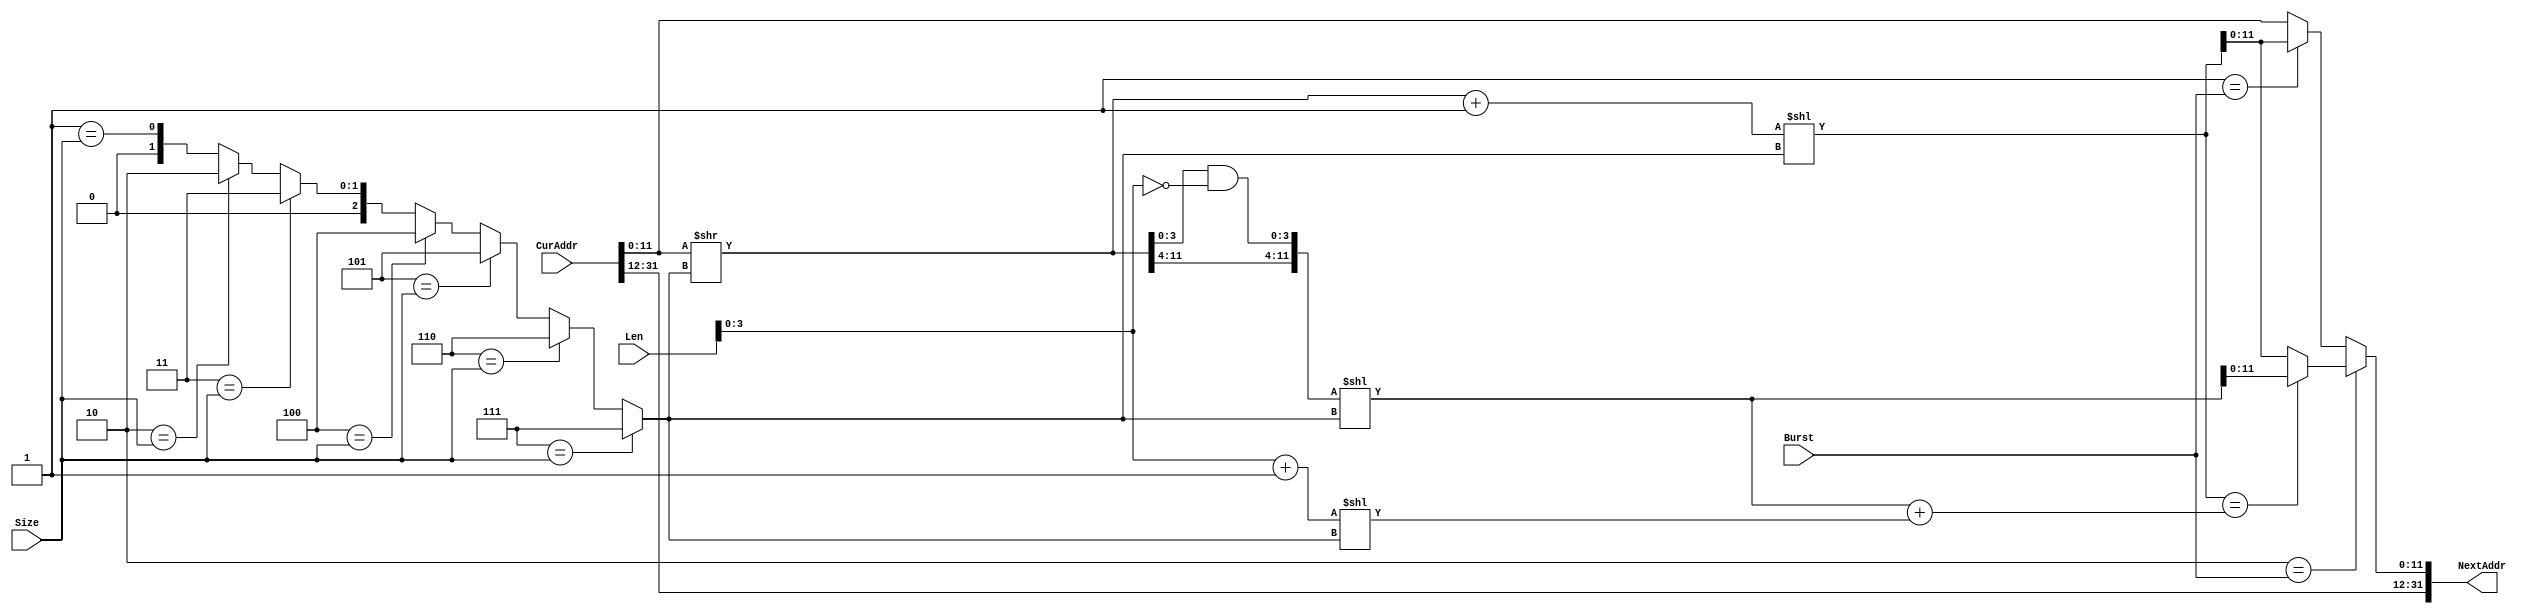
module SramAddrGen(
  input  [31:0] CurAddr,
  input  [7:0]  Len,
  input  [2:0]  Size,
  input  [1:0]  Burst,
  output [31:0] NextAddr
);
  wire [11:0] iCurAddr = CurAddr[11:0]; // @[SramAddrGen.scala 27:30]
  wire [1:0] _iSize_T_3 = 3'h2 == Size ? 2'h2 : {{1'd0}, 3'h1 == Size}; // @[Mux.scala 81:58]
  wire [1:0] _iSize_T_5 = 3'h3 == Size ? 2'h3 : _iSize_T_3; // @[Mux.scala 81:58]
  wire [2:0] _iSize_T_7 = 3'h4 == Size ? 3'h4 : {{1'd0}, _iSize_T_5}; // @[Mux.scala 81:58]
  wire [2:0] _iSize_T_9 = 3'h5 == Size ? 3'h5 : _iSize_T_7; // @[Mux.scala 81:58]
  wire [2:0] _iSize_T_11 = 3'h6 == Size ? 3'h6 : _iSize_T_9; // @[Mux.scala 81:58]
  wire [2:0] iSize = 3'h7 == Size ? 3'h7 : _iSize_T_11; // @[Mux.scala 81:58]
  wire [11:0] wordAddress = iCurAddr >> iSize; // @[SramAddrGen.scala 34:32]
  wire [11:0] _incrNextAddr_T_1 = wordAddress + 12'h1; // @[SramAddrGen.scala 37:37]
  wire [18:0] _GEN_1 = {{7'd0}, _incrNextAddr_T_1}; // @[SramAddrGen.scala 37:44]
  wire [18:0] incrNextAddr = _GEN_1 << iSize; // @[SramAddrGen.scala 37:44]
  wire [3:0] _wrapBound_T_3 = ~Len[3:0]; // @[SramAddrGen.scala 40:68]
  wire [3:0] _wrapBound_T_4 = wordAddress[3:0] & _wrapBound_T_3; // @[SramAddrGen.scala 40:66]
  wire [11:0] _wrapBound_T_5 = {wordAddress[11:4],_wrapBound_T_4}; // @[Cat.scala 31:58]
  wire [18:0] _GEN_2 = {{7'd0}, _wrapBound_T_5}; // @[SramAddrGen.scala 40:80]
  wire [18:0] wrapBound = _GEN_2 << iSize; // @[SramAddrGen.scala 40:80]
  wire [4:0] _totSize_T_1 = Len[3:0] + 4'h1; // @[SramAddrGen.scala 41:33]
  wire [11:0] _GEN_3 = {{7'd0}, _totSize_T_1}; // @[SramAddrGen.scala 41:41]
  wire [11:0] totSize = _GEN_3 << iSize; // @[SramAddrGen.scala 41:41]
  wire [18:0] _GEN_0 = {{7'd0}, totSize}; // @[SramAddrGen.scala 42:55]
  wire [18:0] _wrapNextAddr_T_1 = wrapBound + _GEN_0; // @[SramAddrGen.scala 42:55]
  wire [18:0] wrapNextAddr = incrNextAddr == _wrapNextAddr_T_1 ? wrapBound : incrNextAddr; // @[SramAddrGen.scala 42:27]
  wire [31:0] _iNextAddr_T_3 = 2'h1 == Burst ? {{13'd0}, incrNextAddr} : CurAddr; // @[Mux.scala 81:58]
  wire [31:0] _iNextAddr_T_5 = 2'h2 == Burst ? {{13'd0}, wrapNextAddr} : _iNextAddr_T_3; // @[Mux.scala 81:58]
  wire [11:0] iNextAddr = _iNextAddr_T_5[11:0]; // @[SramAddrGen.scala 28:27 44:15]
  assign NextAddr = {CurAddr[31:12],iNextAddr}; // @[Cat.scala 31:58]
endmodule
module WriteEngine(
  input         ACLK,
  input         ARESETn,
  output        S_AXI_AW_ready,
  input         S_AXI_AW_valid,
  input  [3:0]  S_AXI_AW_bits_ID,
  input  [31:0] S_AXI_AW_bits_ADDR,
  input  [7:0]  S_AXI_AW_bits_LEN,
  input  [2:0]  S_AXI_AW_bits_SIZE,
  input  [1:0]  S_AXI_AW_bits_BURST,
  output        S_AXI_W_ready,
  input         S_AXI_W_valid,
  input  [63:0] S_AXI_W_bits_DATA,
  input  [7:0]  S_AXI_W_bits_STRB,
  input         S_AXI_W_bits_LAST,
  input         S_AXI_B_ready,
  output        S_AXI_B_valid,
  output [3:0]  S_AXI_B_bits_ID,
  input         Ready,
  output        Valid,
  output [31:0] Addr,
  output [63:0] Data,
  output [7:0]  Strb
);
`ifdef RANDOMIZE_REG_INIT
  reg [31:0] _RAND_0;
  reg [31:0] _RAND_1;
  reg [31:0] _RAND_2;
  reg [31:0] _RAND_3;
  reg [31:0] _RAND_4;
  reg [31:0] _RAND_5;
  reg [31:0] _RAND_6;
`endif // RANDOMIZE_REG_INIT
  wire [31:0] NextAddr_m_CurAddr; // @[SramAddrGen.scala 51:23]
  wire [7:0] NextAddr_m_Len; // @[SramAddrGen.scala 51:23]
  wire [2:0] NextAddr_m_Size; // @[SramAddrGen.scala 51:23]
  wire [1:0] NextAddr_m_Burst; // @[SramAddrGen.scala 51:23]
  wire [31:0] NextAddr_m_NextAddr; // @[SramAddrGen.scala 51:23]
  wire  reset = ~ARESETn; // @[WriteEngine.scala 38:33]
  reg [31:0] iAddr; // @[WriteEngine.scala 46:34]
  reg  iAddrValid; // @[WriteEngine.scala 48:34]
  reg [7:0] iLen; // @[WriteEngine.scala 51:34]
  reg [2:0] iSize; // @[WriteEngine.scala 52:34]
  reg [1:0] iBurst; // @[WriteEngine.scala 53:34]
  reg [3:0] iBID; // @[WriteEngine.scala 54:34]
  reg  iBValid; // @[WriteEngine.scala 55:34]
  wire  iAwReady = ~iAddrValid; // @[WriteEngine.scala 77:28]
  wire  _iAddrValidNext_T = iAwReady & S_AXI_AW_valid; // @[WriteEngine.scala 64:46]
  wire  _iAddrValidNext_T_1 = iBValid & S_AXI_B_ready; // @[WriteEngine.scala 66:49]
  wire  _iAddrValidNext_T_2 = iBValid & S_AXI_B_ready ? 1'h0 : iAddrValid; // @[WriteEngine.scala 66:40]
  wire  iValid = iAddrValid & S_AXI_W_valid; // @[WriteEngine.scala 157:31]
  wire  _iBValidNext_T_3 = _iAddrValidNext_T_1 ? 1'h0 : iBValid; // @[WriteEngine.scala 113:36]
  wire [31:0] NextAddr = NextAddr_m_NextAddr; // @[WriteEngine.scala 164:25 47:31]
  SramAddrGen NextAddr_m ( // @[SramAddrGen.scala 51:23]
    .CurAddr(NextAddr_m_CurAddr),
    .Len(NextAddr_m_Len),
    .Size(NextAddr_m_Size),
    .Burst(NextAddr_m_Burst),
    .NextAddr(NextAddr_m_NextAddr)
  );
  assign S_AXI_AW_ready = ~iAddrValid; // @[WriteEngine.scala 77:28]
  assign S_AXI_W_ready = iAddrValid & Ready; // @[WriteEngine.scala 84:39]
  assign S_AXI_B_valid = iBValid; // @[WriteEngine.scala 120:25]
  assign S_AXI_B_bits_ID = iBID; // @[WriteEngine.scala 99:29]
  assign Valid = iAddrValid & S_AXI_W_valid; // @[WriteEngine.scala 157:31]
  assign Addr = iAddr; // @[WriteEngine.scala 173:17]
  assign Data = S_AXI_W_bits_DATA; // @[WriteEngine.scala 185:17]
  assign Strb = S_AXI_W_bits_STRB; // @[WriteEngine.scala 179:17]
  assign NextAddr_m_CurAddr = iAddr; // @[SramAddrGen.scala 52:21]
  assign NextAddr_m_Len = iLen; // @[SramAddrGen.scala 53:21]
  assign NextAddr_m_Size = iSize; // @[SramAddrGen.scala 54:21]
  assign NextAddr_m_Burst = iBurst; // @[SramAddrGen.scala 55:21]
  always @(posedge ACLK or posedge reset) begin
    if (reset) begin // @[WriteEngine.scala 165:32]
      iAddr <= 32'h0;
    end else if (_iAddrValidNext_T) begin // @[WriteEngine.scala 167:36]
      iAddr <= S_AXI_AW_bits_ADDR;
    end else if (iValid & Ready) begin
      iAddr <= NextAddr;
    end
  end
  always @(posedge ACLK or posedge reset) begin
    if (reset) begin // @[WriteEngine.scala 64:36]
      iAddrValid <= 1'h0;
    end else begin
      iAddrValid <= iAwReady & S_AXI_AW_valid | _iAddrValidNext_T_2;
    end
  end
  always @(posedge ACLK or posedge reset) begin
    if (reset) begin // @[WriteEngine.scala 126:28]
      iLen <= 8'h0;
    end else if (_iAddrValidNext_T) begin // @[WriteEngine.scala 128:32]
      iLen <= S_AXI_AW_bits_LEN;
    end else if (_iAddrValidNext_T_1) begin
      iLen <= 8'h0;
    end
  end
  always @(posedge ACLK or posedge reset) begin
    if (reset) begin // @[WriteEngine.scala 135:28]
      iSize <= 3'h0;
    end else if (_iAddrValidNext_T) begin // @[WriteEngine.scala 137:32]
      iSize <= S_AXI_AW_bits_SIZE;
    end else if (_iAddrValidNext_T_1) begin
      iSize <= 3'h0;
    end
  end
  always @(posedge ACLK or posedge reset) begin
    if (reset) begin // @[WriteEngine.scala 144:29]
      iBurst <= 2'h0;
    end else if (_iAddrValidNext_T) begin // @[WriteEngine.scala 146:32]
      iBurst <= S_AXI_AW_bits_BURST;
    end else if (_iAddrValidNext_T_1) begin
      iBurst <= 2'h0;
    end
  end
  always @(posedge ACLK or posedge reset) begin
    if (reset) begin // @[WriteEngine.scala 90:28]
      iBID <= 4'h0;
    end else if (_iAddrValidNext_T) begin // @[WriteEngine.scala 92:32]
      iBID <= S_AXI_AW_bits_ID;
    end else if (_iAddrValidNext_T_1) begin
      iBID <= 4'h0;
    end
  end
  always @(posedge ACLK or posedge reset) begin
    if (reset) begin // @[WriteEngine.scala 111:32]
      iBValid <= 1'h0;
    end else begin
      iBValid <= iValid & S_AXI_W_bits_LAST & Ready | _iBValidNext_T_3;
    end
  end
// Register and memory initialization
`ifdef RANDOMIZE_GARBAGE_ASSIGN
`define RANDOMIZE
`endif
`ifdef RANDOMIZE_INVALID_ASSIGN
`define RANDOMIZE
`endif
`ifdef RANDOMIZE_REG_INIT
`define RANDOMIZE
`endif
`ifdef RANDOMIZE_MEM_INIT
`define RANDOMIZE
`endif
`ifndef RANDOM
`define RANDOM $random
`endif
`ifdef RANDOMIZE_MEM_INIT
  integer initvar;
`endif
`ifndef SYNTHESIS
`ifdef FIRRTL_BEFORE_INITIAL
`FIRRTL_BEFORE_INITIAL
`endif
initial begin
  `ifdef RANDOMIZE
    `ifdef INIT_RANDOM
      `INIT_RANDOM
    `endif
    `ifndef VERILATOR
      `ifdef RANDOMIZE_DELAY
        #`RANDOMIZE_DELAY begin end
      `else
        #0.002 begin end
      `endif
    `endif
`ifdef RANDOMIZE_REG_INIT
  _RAND_0 = {1{`RANDOM}};
  iAddr = _RAND_0[31:0];
  _RAND_1 = {1{`RANDOM}};
  iAddrValid = _RAND_1[0:0];
  _RAND_2 = {1{`RANDOM}};
  iLen = _RAND_2[7:0];
  _RAND_3 = {1{`RANDOM}};
  iSize = _RAND_3[2:0];
  _RAND_4 = {1{`RANDOM}};
  iBurst = _RAND_4[1:0];
  _RAND_5 = {1{`RANDOM}};
  iBID = _RAND_5[3:0];
  _RAND_6 = {1{`RANDOM}};
  iBValid = _RAND_6[0:0];
`endif // RANDOMIZE_REG_INIT
  if (reset) begin
    iAddr = 32'h0;
  end
  if (reset) begin
    iAddrValid = 1'h0;
  end
  if (reset) begin
    iLen = 8'h0;
  end
  if (reset) begin
    iSize = 3'h0;
  end
  if (reset) begin
    iBurst = 2'h0;
  end
  if (reset) begin
    iBID = 4'h0;
  end
  if (reset) begin
    iBValid = 1'h0;
  end
  `endif // RANDOMIZE
end // initial
`ifdef FIRRTL_AFTER_INITIAL
`FIRRTL_AFTER_INITIAL
`endif
`endif // SYNTHESIS
endmodule
module ReadEngine(
  input         ACLK,
  input         ARESETn,
  output        S_AXI_AR_ready,
  input         S_AXI_AR_valid,
  input  [3:0]  S_AXI_AR_bits_ID,
  input  [31:0] S_AXI_AR_bits_ADDR,
  input  [7:0]  S_AXI_AR_bits_LEN,
  input  [2:0]  S_AXI_AR_bits_SIZE,
  input  [1:0]  S_AXI_AR_bits_BURST,
  input         S_AXI_R_ready,
  output        S_AXI_R_valid,
  output [3:0]  S_AXI_R_bits_ID,
  output [63:0] S_AXI_R_bits_DATA,
  output        S_AXI_R_bits_LAST,
  input         Ready,
  output        Valid,
  output [31:0] Addr,
  input  [63:0] Data
);
`ifdef RANDOMIZE_REG_INIT
  reg [31:0] _RAND_0;
  reg [31:0] _RAND_1;
  reg [31:0] _RAND_2;
  reg [31:0] _RAND_3;
  reg [31:0] _RAND_4;
  reg [31:0] _RAND_5;
  reg [31:0] _RAND_6;
  reg [31:0] _RAND_7;
  reg [31:0] _RAND_8;
  reg [31:0] _RAND_9;
`endif // RANDOMIZE_REG_INIT
  wire [31:0] NextAddr_m_CurAddr; // @[SramAddrGen.scala 51:23]
  wire [7:0] NextAddr_m_Len; // @[SramAddrGen.scala 51:23]
  wire [2:0] NextAddr_m_Size; // @[SramAddrGen.scala 51:23]
  wire [1:0] NextAddr_m_Burst; // @[SramAddrGen.scala 51:23]
  wire [31:0] NextAddr_m_NextAddr; // @[SramAddrGen.scala 51:23]
  wire  reset = ~ARESETn; // @[ReadEngine.scala 37:33]
  reg [31:0] iAddr; // @[ReadEngine.scala 45:34]
  reg  iAddrValid; // @[ReadEngine.scala 46:34]
  reg [7:0] iLen; // @[ReadEngine.scala 50:34]
  reg [2:0] iSize; // @[ReadEngine.scala 51:34]
  reg [1:0] iBurst; // @[ReadEngine.scala 52:34]
  reg [3:0] iRID; // @[ReadEngine.scala 53:34]
  reg  iRLast; // @[ReadEngine.scala 54:34]
  reg  iRValid; // @[ReadEngine.scala 55:34]
  reg  iValid; // @[ReadEngine.scala 57:34]
  reg [7:0] iCounter; // @[ReadEngine.scala 59:34]
  wire  iARReady = ~iAddrValid; // @[ReadEngine.scala 79:32]
  wire  _iAddrValidNext_T = iARReady & S_AXI_AR_valid; // @[ReadEngine.scala 65:46]
  wire  _iAddrValidNext_T_2 = iRValid & iRLast & S_AXI_R_ready; // @[ReadEngine.scala 67:58]
  wire  _iAddrValidNext_T_3 = iRValid & iRLast & S_AXI_R_ready ? 1'h0 : iAddrValid; // @[ReadEngine.scala 67:40]
  wire  _iRValidNext_T = iValid & Ready; // @[ReadEngine.scala 101:40]
  wire  _iRValidNext_T_3 = iRValid & S_AXI_R_ready; // @[ReadEngine.scala 105:49]
  wire  _iRValidNext_T_4 = iRValid & S_AXI_R_ready ? 1'h0 : iRValid; // @[ReadEngine.scala 105:40]
  wire  _iRValidNext_T_5 = iRValid & ~S_AXI_R_ready | _iRValidNext_T_4; // @[ReadEngine.scala 103:36]
  wire  iLast = iCounter == 8'h0; // @[ReadEngine.scala 214:33]
  wire  _iRLastNext_T_3 = _iRValidNext_T_3 ? 1'h0 : iRLast; // @[ReadEngine.scala 133:36]
  wire  _iValidNext_T_2 = iLast & Ready ? 1'h0 : iValid; // @[ReadEngine.scala 178:36]
  wire [31:0] NextAddr = NextAddr_m_NextAddr; // @[ReadEngine.scala 190:21 47:31]
  wire [7:0] _iCounterNext_T_3 = iCounter - 8'h1; // @[ReadEngine.scala 209:46]
  SramAddrGen NextAddr_m ( // @[SramAddrGen.scala 51:23]
    .CurAddr(NextAddr_m_CurAddr),
    .Len(NextAddr_m_Len),
    .Size(NextAddr_m_Size),
    .Burst(NextAddr_m_Burst),
    .NextAddr(NextAddr_m_NextAddr)
  );
  assign S_AXI_AR_ready = ~iAddrValid; // @[ReadEngine.scala 79:32]
  assign S_AXI_R_valid = iRValid; // @[ReadEngine.scala 113:25]
  assign S_AXI_R_bits_ID = iRID; // @[ReadEngine.scala 95:29]
  assign S_AXI_R_bits_DATA = Data; // @[ReadEngine.scala 119:29]
  assign S_AXI_R_bits_LAST = iRLast; // @[ReadEngine.scala 139:29]
  assign Valid = iValid; // @[ReadEngine.scala 184:17]
  assign Addr = iAddr; // @[ReadEngine.scala 200:17]
  assign NextAddr_m_CurAddr = iAddr; // @[SramAddrGen.scala 52:21]
  assign NextAddr_m_Len = iLen; // @[SramAddrGen.scala 53:21]
  assign NextAddr_m_Size = iSize; // @[SramAddrGen.scala 54:21]
  assign NextAddr_m_Burst = iBurst; // @[SramAddrGen.scala 55:21]
  always @(posedge ACLK or posedge reset) begin
    if (reset) begin // @[ReadEngine.scala 192:28]
      iAddr <= 32'h0;
    end else if (_iAddrValidNext_T) begin // @[ReadEngine.scala 194:32]
      iAddr <= S_AXI_AR_bits_ADDR;
    end else if (Ready) begin
      iAddr <= NextAddr;
    end
  end
  always @(posedge ACLK or posedge reset) begin
    if (reset) begin // @[ReadEngine.scala 65:36]
      iAddrValid <= 1'h0;
    end else begin
      iAddrValid <= iARReady & S_AXI_AR_valid | _iAddrValidNext_T_3;
    end
  end
  always @(posedge ACLK or posedge reset) begin
    if (reset) begin // @[ReadEngine.scala 145:28]
      iLen <= 8'h0;
    end else if (_iAddrValidNext_T) begin // @[ReadEngine.scala 147:32]
      iLen <= S_AXI_AR_bits_LEN;
    end else if (_iAddrValidNext_T_2) begin
      iLen <= 8'h0;
    end
  end
  always @(posedge ACLK or posedge reset) begin
    if (reset) begin // @[ReadEngine.scala 154:29]
      iSize <= 3'h0;
    end else if (_iAddrValidNext_T) begin // @[ReadEngine.scala 156:32]
      iSize <= S_AXI_AR_bits_SIZE;
    end else if (_iAddrValidNext_T_2) begin
      iSize <= 3'h0;
    end
  end
  always @(posedge ACLK or posedge reset) begin
    if (reset) begin // @[ReadEngine.scala 163:30]
      iBurst <= 2'h0;
    end else if (_iAddrValidNext_T) begin // @[ReadEngine.scala 165:32]
      iBurst <= S_AXI_AR_bits_BURST;
    end else if (_iAddrValidNext_T_2) begin
      iBurst <= 2'h0;
    end
  end
  always @(posedge ACLK or posedge reset) begin
    if (reset) begin // @[ReadEngine.scala 86:28]
      iRID <= 4'h0;
    end else if (_iAddrValidNext_T) begin // @[ReadEngine.scala 88:32]
      iRID <= S_AXI_AR_bits_ID;
    end else if (_iAddrValidNext_T_2) begin
      iRID <= 4'h0;
    end
  end
  always @(posedge ACLK or posedge reset) begin
    if (reset) begin // @[ReadEngine.scala 131:32]
      iRLast <= 1'h0;
    end else begin
      iRLast <= iValid & iLast & Ready | _iRLastNext_T_3;
    end
  end
  always @(posedge ACLK or posedge reset) begin
    if (reset) begin // @[ReadEngine.scala 101:32]
      iRValid <= 1'h0;
    end else begin
      iRValid <= iValid & Ready | _iRValidNext_T_5;
    end
  end
  always @(posedge ACLK or posedge reset) begin
    if (reset) begin // @[ReadEngine.scala 176:32]
      iValid <= 1'h0;
    end else begin
      iValid <= _iAddrValidNext_T | _iValidNext_T_2;
    end
  end
  always @(posedge ACLK or posedge reset) begin
    if (reset) begin // @[ReadEngine.scala 206:32]
      iCounter <= 8'h0;
    end else if (_iAddrValidNext_T) begin // @[ReadEngine.scala 208:36]
      iCounter <= S_AXI_AR_bits_LEN;
    end else if (_iRValidNext_T) begin
      iCounter <= _iCounterNext_T_3;
    end
  end
// Register and memory initialization
`ifdef RANDOMIZE_GARBAGE_ASSIGN
`define RANDOMIZE
`endif
`ifdef RANDOMIZE_INVALID_ASSIGN
`define RANDOMIZE
`endif
`ifdef RANDOMIZE_REG_INIT
`define RANDOMIZE
`endif
`ifdef RANDOMIZE_MEM_INIT
`define RANDOMIZE
`endif
`ifndef RANDOM
`define RANDOM $random
`endif
`ifdef RANDOMIZE_MEM_INIT
  integer initvar;
`endif
`ifndef SYNTHESIS
`ifdef FIRRTL_BEFORE_INITIAL
`FIRRTL_BEFORE_INITIAL
`endif
initial begin
  `ifdef RANDOMIZE
    `ifdef INIT_RANDOM
      `INIT_RANDOM
    `endif
    `ifndef VERILATOR
      `ifdef RANDOMIZE_DELAY
        #`RANDOMIZE_DELAY begin end
      `else
        #0.002 begin end
      `endif
    `endif
`ifdef RANDOMIZE_REG_INIT
  _RAND_0 = {1{`RANDOM}};
  iAddr = _RAND_0[31:0];
  _RAND_1 = {1{`RANDOM}};
  iAddrValid = _RAND_1[0:0];
  _RAND_2 = {1{`RANDOM}};
  iLen = _RAND_2[7:0];
  _RAND_3 = {1{`RANDOM}};
  iSize = _RAND_3[2:0];
  _RAND_4 = {1{`RANDOM}};
  iBurst = _RAND_4[1:0];
  _RAND_5 = {1{`RANDOM}};
  iRID = _RAND_5[3:0];
  _RAND_6 = {1{`RANDOM}};
  iRLast = _RAND_6[0:0];
  _RAND_7 = {1{`RANDOM}};
  iRValid = _RAND_7[0:0];
  _RAND_8 = {1{`RANDOM}};
  iValid = _RAND_8[0:0];
  _RAND_9 = {1{`RANDOM}};
  iCounter = _RAND_9[7:0];
`endif // RANDOMIZE_REG_INIT
  if (reset) begin
    iAddr = 32'h0;
  end
  if (reset) begin
    iAddrValid = 1'h0;
  end
  if (reset) begin
    iLen = 8'h0;
  end
  if (reset) begin
    iSize = 3'h0;
  end
  if (reset) begin
    iBurst = 2'h0;
  end
  if (reset) begin
    iRID = 4'h0;
  end
  if (reset) begin
    iRLast = 1'h0;
  end
  if (reset) begin
    iRValid = 1'h0;
  end
  if (reset) begin
    iValid = 1'h0;
  end
  if (reset) begin
    iCounter = 8'h0;
  end
  `endif // RANDOMIZE
end // initial
`ifdef FIRRTL_AFTER_INITIAL
`FIRRTL_AFTER_INITIAL
`endif
`endif // SYNTHESIS
endmodule
module SramArbiter(
  input   ACLK,
  input   ARESETn,
  input   WrValid,
  output  WrReady,
  input   RdValid,
  output  RdReady
);
`ifdef RANDOMIZE_REG_INIT
  reg [31:0] _RAND_0;
`endif // RANDOMIZE_REG_INIT
  wire  reset = ~ARESETn; // @[SramArbiter.scala 26:34]
  reg  choice; // @[SramArbiter.scala 35:34]
  wire [1:0] _T = {WrValid,RdValid}; // @[Cat.scala 31:58]
  wire  _choiceNext_T = ~choice; // @[SramArbiter.scala 60:32]
  wire  _GEN_1 = 2'h2 == _T | _choiceNext_T; // @[SramArbiter.scala 49:40 57:29]
  assign WrReady = choice; // @[SramArbiter.scala 67:21]
  assign RdReady = ~choice; // @[SramArbiter.scala 68:24]
  always @(posedge ACLK or posedge reset) begin
    if (reset) begin // @[SramArbiter.scala 49:40]
      choice <= 1'h0; // @[SramArbiter.scala 51:29]
    end else if (!(2'h0 == _T)) begin // @[SramArbiter.scala 49:40]
      if (2'h1 == _T) begin
        choice <= 1'h0;
      end else begin
        choice <= _GEN_1;
      end
    end
  end
// Register and memory initialization
`ifdef RANDOMIZE_GARBAGE_ASSIGN
`define RANDOMIZE
`endif
`ifdef RANDOMIZE_INVALID_ASSIGN
`define RANDOMIZE
`endif
`ifdef RANDOMIZE_REG_INIT
`define RANDOMIZE
`endif
`ifdef RANDOMIZE_MEM_INIT
`define RANDOMIZE
`endif
`ifndef RANDOM
`define RANDOM $random
`endif
`ifdef RANDOMIZE_MEM_INIT
  integer initvar;
`endif
`ifndef SYNTHESIS
`ifdef FIRRTL_BEFORE_INITIAL
`FIRRTL_BEFORE_INITIAL
`endif
initial begin
  `ifdef RANDOMIZE
    `ifdef INIT_RANDOM
      `INIT_RANDOM
    `endif
    `ifndef VERILATOR
      `ifdef RANDOMIZE_DELAY
        #`RANDOMIZE_DELAY begin end
      `else
        #0.002 begin end
      `endif
    `endif
`ifdef RANDOMIZE_REG_INIT
  _RAND_0 = {1{`RANDOM}};
  choice = _RAND_0[0:0];
`endif // RANDOMIZE_REG_INIT
  if (reset) begin
    choice = 1'h0;
  end
  `endif // RANDOMIZE
end // initial
`ifdef FIRRTL_AFTER_INITIAL
`FIRRTL_AFTER_INITIAL
`endif
`endif // SYNTHESIS
endmodule
module AXItoSRAM(
  input         ACLK,
  input         ARESETn,
  input  [3:0]  S_AXI_AWID,
  input  [31:0] S_AXI_AWADDR,
  input  [7:0]  S_AXI_AWLEN,
  input  [2:0]  S_AXI_AWSIZE,
  input  [1:0]  S_AXI_AWBURST,
  input         S_AXI_AWLOCK,
  input  [3:0]  S_AXI_AWCACHE,
  input  [2:0]  S_AXI_AWPROT,
  input         S_AXI_AWVALID,
  output        S_AXI_AWREADY,
  input  [63:0] S_AXI_WDATA,
  input  [7:0]  S_AXI_WSTRB,
  input         S_AXI_WLAST,
  input         S_AXI_WVALID,
  output        S_AXI_WREADY,
  output [3:0]  S_AXI_BID,
  output [1:0]  S_AXI_BRESP,
  output        S_AXI_BVALID,
  input         S_AXI_BREADY,
  input  [3:0]  S_AXI_ARID,
  input  [31:0] S_AXI_ARADDR,
  input  [7:0]  S_AXI_ARLEN,
  input  [2:0]  S_AXI_ARSIZE,
  input  [1:0]  S_AXI_ARBURST,
  input         S_AXI_ARLOCK,
  input  [3:0]  S_AXI_ARCACHE,
  input  [2:0]  S_AXI_ARPROT,
  input         S_AXI_ARVALID,
  output        S_AXI_ARREADY,
  output [3:0]  S_AXI_RID,
  output [63:0] S_AXI_RDATA,
  output [1:0]  S_AXI_RRESP,
  output        S_AXI_RLAST,
  output        S_AXI_RVALID,
  input         S_AXI_RREADY,
  output        SRAM_CEn,
  output [31:0] SRAM_ADDR,
  output [63:0] SRAM_WDATA,
  output        SRAM_WEn,
  output [7:0]  SRAM_WBEn,
  input  [63:0] SRAM_RDATA
);
  wire  wrIE_ACLK; // @[AXItoSRAM.scala 48:29]
  wire  wrIE_ARESETn; // @[AXItoSRAM.scala 48:29]
  wire  wrIE_S_AXI_AW_ready; // @[AXItoSRAM.scala 48:29]
  wire  wrIE_S_AXI_AW_valid; // @[AXItoSRAM.scala 48:29]
  wire [3:0] wrIE_S_AXI_AW_bits_ID; // @[AXItoSRAM.scala 48:29]
  wire [31:0] wrIE_S_AXI_AW_bits_ADDR; // @[AXItoSRAM.scala 48:29]
  wire [7:0] wrIE_S_AXI_AW_bits_LEN; // @[AXItoSRAM.scala 48:29]
  wire [2:0] wrIE_S_AXI_AW_bits_SIZE; // @[AXItoSRAM.scala 48:29]
  wire [1:0] wrIE_S_AXI_AW_bits_BURST; // @[AXItoSRAM.scala 48:29]
  wire  wrIE_S_AXI_W_ready; // @[AXItoSRAM.scala 48:29]
  wire  wrIE_S_AXI_W_valid; // @[AXItoSRAM.scala 48:29]
  wire [63:0] wrIE_S_AXI_W_bits_DATA; // @[AXItoSRAM.scala 48:29]
  wire [7:0] wrIE_S_AXI_W_bits_STRB; // @[AXItoSRAM.scala 48:29]
  wire  wrIE_S_AXI_W_bits_LAST; // @[AXItoSRAM.scala 48:29]
  wire  wrIE_S_AXI_B_ready; // @[AXItoSRAM.scala 48:29]
  wire  wrIE_S_AXI_B_valid; // @[AXItoSRAM.scala 48:29]
  wire [3:0] wrIE_S_AXI_B_bits_ID; // @[AXItoSRAM.scala 48:29]
  wire  wrIE_Ready; // @[AXItoSRAM.scala 48:29]
  wire  wrIE_Valid; // @[AXItoSRAM.scala 48:29]
  wire [31:0] wrIE_Addr; // @[AXItoSRAM.scala 48:29]
  wire [63:0] wrIE_Data; // @[AXItoSRAM.scala 48:29]
  wire [7:0] wrIE_Strb; // @[AXItoSRAM.scala 48:29]
  wire  rdIE_ACLK; // @[AXItoSRAM.scala 49:29]
  wire  rdIE_ARESETn; // @[AXItoSRAM.scala 49:29]
  wire  rdIE_S_AXI_AR_ready; // @[AXItoSRAM.scala 49:29]
  wire  rdIE_S_AXI_AR_valid; // @[AXItoSRAM.scala 49:29]
  wire [3:0] rdIE_S_AXI_AR_bits_ID; // @[AXItoSRAM.scala 49:29]
  wire [31:0] rdIE_S_AXI_AR_bits_ADDR; // @[AXItoSRAM.scala 49:29]
  wire [7:0] rdIE_S_AXI_AR_bits_LEN; // @[AXItoSRAM.scala 49:29]
  wire [2:0] rdIE_S_AXI_AR_bits_SIZE; // @[AXItoSRAM.scala 49:29]
  wire [1:0] rdIE_S_AXI_AR_bits_BURST; // @[AXItoSRAM.scala 49:29]
  wire  rdIE_S_AXI_R_ready; // @[AXItoSRAM.scala 49:29]
  wire  rdIE_S_AXI_R_valid; // @[AXItoSRAM.scala 49:29]
  wire [3:0] rdIE_S_AXI_R_bits_ID; // @[AXItoSRAM.scala 49:29]
  wire [63:0] rdIE_S_AXI_R_bits_DATA; // @[AXItoSRAM.scala 49:29]
  wire  rdIE_S_AXI_R_bits_LAST; // @[AXItoSRAM.scala 49:29]
  wire  rdIE_Ready; // @[AXItoSRAM.scala 49:29]
  wire  rdIE_Valid; // @[AXItoSRAM.scala 49:29]
  wire [31:0] rdIE_Addr; // @[AXItoSRAM.scala 49:29]
  wire [63:0] rdIE_Data; // @[AXItoSRAM.scala 49:29]
  wire  arbiter_ACLK; // @[AXItoSRAM.scala 50:29]
  wire  arbiter_ARESETn; // @[AXItoSRAM.scala 50:29]
  wire  arbiter_WrValid; // @[AXItoSRAM.scala 50:29]
  wire  arbiter_WrReady; // @[AXItoSRAM.scala 50:29]
  wire  arbiter_RdValid; // @[AXItoSRAM.scala 50:29]
  wire  arbiter_RdReady; // @[AXItoSRAM.scala 50:29]
  wire  _SRAM_CEn_T = wrIE_Ready & wrIE_Valid; // @[AXItoSRAM.scala 69:42]
  WriteEngine wrIE ( // @[AXItoSRAM.scala 48:29]
    .ACLK(wrIE_ACLK),
    .ARESETn(wrIE_ARESETn),
    .S_AXI_AW_ready(wrIE_S_AXI_AW_ready),
    .S_AXI_AW_valid(wrIE_S_AXI_AW_valid),
    .S_AXI_AW_bits_ID(wrIE_S_AXI_AW_bits_ID),
    .S_AXI_AW_bits_ADDR(wrIE_S_AXI_AW_bits_ADDR),
    .S_AXI_AW_bits_LEN(wrIE_S_AXI_AW_bits_LEN),
    .S_AXI_AW_bits_SIZE(wrIE_S_AXI_AW_bits_SIZE),
    .S_AXI_AW_bits_BURST(wrIE_S_AXI_AW_bits_BURST),
    .S_AXI_W_ready(wrIE_S_AXI_W_ready),
    .S_AXI_W_valid(wrIE_S_AXI_W_valid),
    .S_AXI_W_bits_DATA(wrIE_S_AXI_W_bits_DATA),
    .S_AXI_W_bits_STRB(wrIE_S_AXI_W_bits_STRB),
    .S_AXI_W_bits_LAST(wrIE_S_AXI_W_bits_LAST),
    .S_AXI_B_ready(wrIE_S_AXI_B_ready),
    .S_AXI_B_valid(wrIE_S_AXI_B_valid),
    .S_AXI_B_bits_ID(wrIE_S_AXI_B_bits_ID),
    .Ready(wrIE_Ready),
    .Valid(wrIE_Valid),
    .Addr(wrIE_Addr),
    .Data(wrIE_Data),
    .Strb(wrIE_Strb)
  );
  ReadEngine rdIE ( // @[AXItoSRAM.scala 49:29]
    .ACLK(rdIE_ACLK),
    .ARESETn(rdIE_ARESETn),
    .S_AXI_AR_ready(rdIE_S_AXI_AR_ready),
    .S_AXI_AR_valid(rdIE_S_AXI_AR_valid),
    .S_AXI_AR_bits_ID(rdIE_S_AXI_AR_bits_ID),
    .S_AXI_AR_bits_ADDR(rdIE_S_AXI_AR_bits_ADDR),
    .S_AXI_AR_bits_LEN(rdIE_S_AXI_AR_bits_LEN),
    .S_AXI_AR_bits_SIZE(rdIE_S_AXI_AR_bits_SIZE),
    .S_AXI_AR_bits_BURST(rdIE_S_AXI_AR_bits_BURST),
    .S_AXI_R_ready(rdIE_S_AXI_R_ready),
    .S_AXI_R_valid(rdIE_S_AXI_R_valid),
    .S_AXI_R_bits_ID(rdIE_S_AXI_R_bits_ID),
    .S_AXI_R_bits_DATA(rdIE_S_AXI_R_bits_DATA),
    .S_AXI_R_bits_LAST(rdIE_S_AXI_R_bits_LAST),
    .Ready(rdIE_Ready),
    .Valid(rdIE_Valid),
    .Addr(rdIE_Addr),
    .Data(rdIE_Data)
  );
  SramArbiter arbiter ( // @[AXItoSRAM.scala 50:29]
    .ACLK(arbiter_ACLK),
    .ARESETn(arbiter_ARESETn),
    .WrValid(arbiter_WrValid),
    .WrReady(arbiter_WrReady),
    .RdValid(arbiter_RdValid),
    .RdReady(arbiter_RdReady)
  );
  assign S_AXI_AWREADY = wrIE_S_AXI_AW_ready; // @[AXItoSRAM.scala 54:25]
  assign S_AXI_WREADY = wrIE_S_AXI_W_ready; // @[AXItoSRAM.scala 54:25]
  assign S_AXI_BID = wrIE_S_AXI_B_bits_ID; // @[AXItoSRAM.scala 54:25]
  assign S_AXI_BRESP = 2'h0; // @[AXItoSRAM.scala 54:25]
  assign S_AXI_BVALID = wrIE_S_AXI_B_valid; // @[AXItoSRAM.scala 54:25]
  assign S_AXI_ARREADY = rdIE_S_AXI_AR_ready; // @[AXItoSRAM.scala 59:25]
  assign S_AXI_RID = rdIE_S_AXI_R_bits_ID; // @[AXItoSRAM.scala 59:25]
  assign S_AXI_RDATA = rdIE_S_AXI_R_bits_DATA; // @[AXItoSRAM.scala 59:25]
  assign S_AXI_RRESP = 2'h0; // @[AXItoSRAM.scala 59:25]
  assign S_AXI_RLAST = rdIE_S_AXI_R_bits_LAST; // @[AXItoSRAM.scala 59:25]
  assign S_AXI_RVALID = rdIE_S_AXI_R_valid; // @[AXItoSRAM.scala 59:25]
  assign SRAM_CEn = ~(wrIE_Ready & wrIE_Valid | rdIE_Ready & rdIE_Valid); // @[AXItoSRAM.scala 69:28]
  assign SRAM_ADDR = wrIE_Ready ? wrIE_Addr : rdIE_Addr; // @[AXItoSRAM.scala 68:31]
  assign SRAM_WDATA = wrIE_Data; // @[AXItoSRAM.scala 70:25]
  assign SRAM_WEn = ~_SRAM_CEn_T; // @[AXItoSRAM.scala 71:28]
  assign SRAM_WBEn = ~wrIE_Strb; // @[AXItoSRAM.scala 72:28]
  assign wrIE_ACLK = ACLK; // @[AXItoSRAM.scala 52:25]
  assign wrIE_ARESETn = ARESETn; // @[AXItoSRAM.scala 53:25]
  assign wrIE_S_AXI_AW_valid = S_AXI_AWVALID; // @[AXItoSRAM.scala 54:25]
  assign wrIE_S_AXI_AW_bits_ID = S_AXI_AWID; // @[AXItoSRAM.scala 54:25]
  assign wrIE_S_AXI_AW_bits_ADDR = S_AXI_AWADDR; // @[AXItoSRAM.scala 54:25]
  assign wrIE_S_AXI_AW_bits_LEN = S_AXI_AWLEN; // @[AXItoSRAM.scala 54:25]
  assign wrIE_S_AXI_AW_bits_SIZE = S_AXI_AWSIZE; // @[AXItoSRAM.scala 54:25]
  assign wrIE_S_AXI_AW_bits_BURST = S_AXI_AWBURST; // @[AXItoSRAM.scala 54:25]
  assign wrIE_S_AXI_W_valid = S_AXI_WVALID; // @[AXItoSRAM.scala 54:25]
  assign wrIE_S_AXI_W_bits_DATA = S_AXI_WDATA; // @[AXItoSRAM.scala 54:25]
  assign wrIE_S_AXI_W_bits_STRB = S_AXI_WSTRB; // @[AXItoSRAM.scala 54:25]
  assign wrIE_S_AXI_W_bits_LAST = S_AXI_WLAST; // @[AXItoSRAM.scala 54:25]
  assign wrIE_S_AXI_B_ready = S_AXI_BREADY; // @[AXItoSRAM.scala 54:25]
  assign wrIE_Ready = arbiter_WrReady; // @[AXItoSRAM.scala 55:25]
  assign rdIE_ACLK = ACLK; // @[AXItoSRAM.scala 57:25]
  assign rdIE_ARESETn = ARESETn; // @[AXItoSRAM.scala 58:25]
  assign rdIE_S_AXI_AR_valid = S_AXI_ARVALID; // @[AXItoSRAM.scala 59:25]
  assign rdIE_S_AXI_AR_bits_ID = S_AXI_ARID; // @[AXItoSRAM.scala 59:25]
  assign rdIE_S_AXI_AR_bits_ADDR = S_AXI_ARADDR; // @[AXItoSRAM.scala 59:25]
  assign rdIE_S_AXI_AR_bits_LEN = S_AXI_ARLEN; // @[AXItoSRAM.scala 59:25]
  assign rdIE_S_AXI_AR_bits_SIZE = S_AXI_ARSIZE; // @[AXItoSRAM.scala 59:25]
  assign rdIE_S_AXI_AR_bits_BURST = S_AXI_ARBURST; // @[AXItoSRAM.scala 59:25]
  assign rdIE_S_AXI_R_ready = S_AXI_RREADY; // @[AXItoSRAM.scala 59:25]
  assign rdIE_Ready = arbiter_RdReady; // @[AXItoSRAM.scala 60:25]
  assign rdIE_Data = SRAM_RDATA; // @[AXItoSRAM.scala 61:25]
  assign arbiter_ACLK = ACLK; // @[AXItoSRAM.scala 63:25]
  assign arbiter_ARESETn = ARESETn; // @[AXItoSRAM.scala 64:25]
  assign arbiter_WrValid = wrIE_Valid; // @[AXItoSRAM.scala 65:25]
  assign arbiter_RdValid = rdIE_Valid; // @[AXItoSRAM.scala 66:25]
endmodule